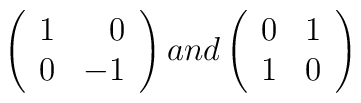
\left(\begin{array}{lr}1&0\\0&-1\end{array}\right)and\left(\begin{array}{lr}0&1\\1&0\end{array}\right)